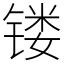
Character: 镂